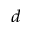
^ { d }